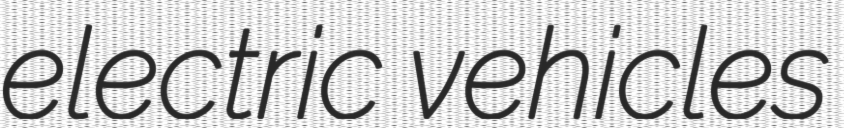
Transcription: electric vehicles